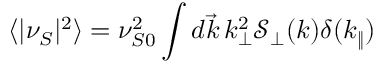
\langle | \nu _ { S } | ^ { 2 } \rangle = \nu _ { S 0 } ^ { 2 } \int d \vec { k } \, k _ { \perp } ^ { 2 } \mathcal { S } _ { \perp } ( k ) \delta ( k _ { \| } )